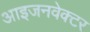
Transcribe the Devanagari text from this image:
आइजनवेक्टर